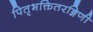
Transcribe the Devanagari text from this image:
पितृभक्तितरङ्गिणी